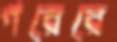
পরেরে